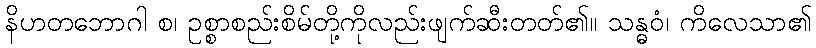
နိဟတဘောဂါ စ၊ ဥစ္စာစည်းစိမ်တို့ကိုလည်းဖျက်ဆီးတတ်၏။ သန္ဓဝံ၊ ကိလေသာ၏